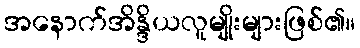
အနောက်အိန္ဒိယလူမျိုးများဖြစ်၏။